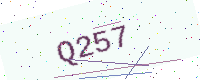
Text: Q257